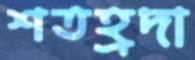
শতহ্রদা